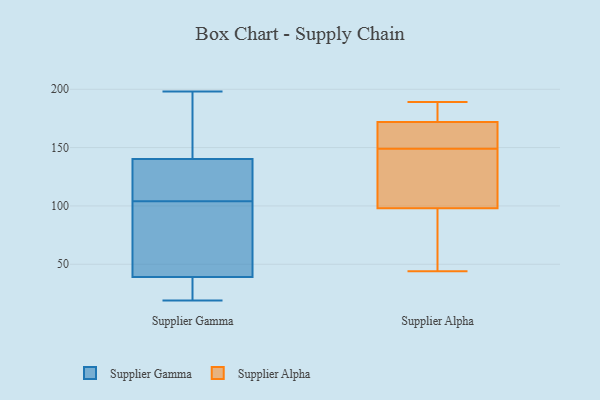
{"axis": {"x": "Churn Rate (%)", "y": "Value"}, "legend": ["Supplier Alpha", "Supplier Gamma"], "data": [{"x": "", "y": 198, "type": "Supplier Gamma"}, {"x": "", "y": 83, "type": "Supplier Gamma"}, {"x": "", "y": 120, "type": "Supplier Gamma"}, {"x": "", "y": 104, "type": "Supplier Gamma"}, {"x": "", "y": 146, "type": "Supplier Gamma"}, {"x": "", "y": 58, "type": "Supplier Gamma"}, {"x": "", "y": 142, "type": "Supplier Gamma"}, {"x": "", "y": 156, "type": "Supplier Gamma"}, {"x": "", "y": 27, "type": "Supplier Gamma"}, {"x": "", "y": 48, "type": "Supplier Gamma"}, {"x": "", "y": 19, "type": "Supplier Gamma"}, {"x": "", "y": 36, "type": "Supplier Gamma"}, {"x": "", "y": 117, "type": "Supplier Gamma"}, {"x": "", "y": 19, "type": "Supplier Gamma"}, {"x": "", "y": 135, "type": "Supplier Gamma"}, {"x": "", "y": 152, "type": "Supplier Alpha"}, {"x": "", "y": 71, "type": "Supplier Alpha"}, {"x": "", "y": 73, "type": "Supplier Alpha"}, {"x": "", "y": 44, "type": "Supplier Alpha"}, {"x": "", "y": 166, "type": "Supplier Alpha"}, {"x": "", "y": 188, "type": "Supplier Alpha"}, {"x": "", "y": 140, "type": "Supplier Alpha"}, {"x": "", "y": 146, "type": "Supplier Alpha"}, {"x": "", "y": 189, "type": "Supplier Alpha"}, {"x": "", "y": 123, "type": "Supplier Alpha"}, {"x": "", "y": 178, "type": "Supplier Alpha"}, {"x": "", "y": 159, "type": "Supplier Alpha"}]}